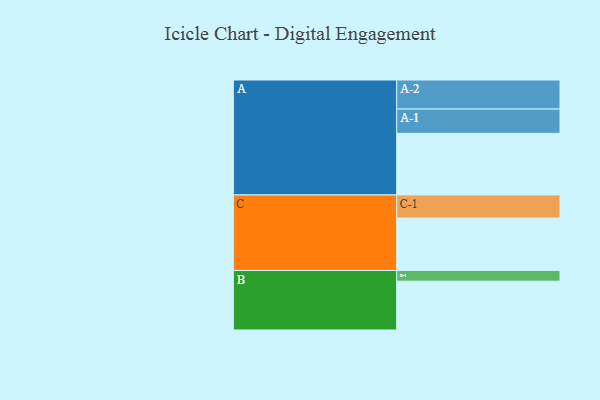
{"axis": {"x": "Segment", "y": "Value"}, "legend": ["", "A", "B", "C"], "data": [{"x": "A", "y": 552, "type": ""}, {"x": "B", "y": 437, "type": ""}, {"x": "C", "y": 469, "type": ""}, {"x": "A-1", "y": 217, "type": "A"}, {"x": "A-2", "y": 260, "type": "A"}, {"x": "B-1", "y": 96, "type": "B"}, {"x": "C-1", "y": 207, "type": "C"}]}